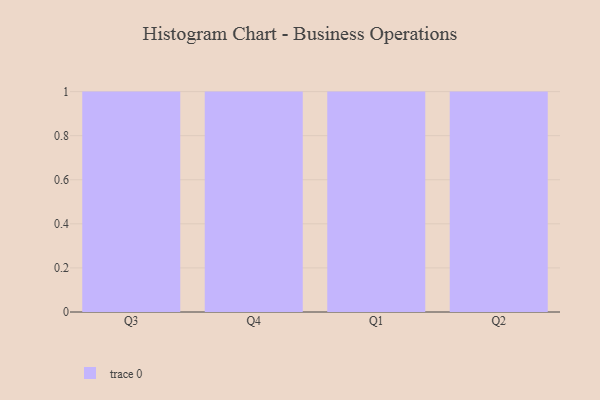
{"axis": {"x": "Quarter", "y": "Budget (USD K)"}, "legend": [""], "data": [{"x": "Q3", "y": 13, "type": ""}, {"x": "Q4", "y": 10, "type": ""}, {"x": "Q1", "y": 81, "type": ""}, {"x": "Q2", "y": 52, "type": ""}]}